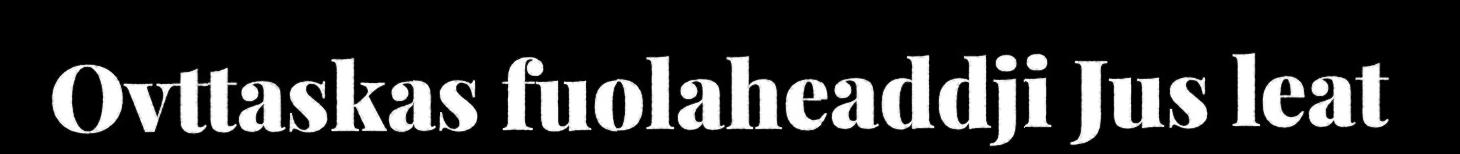
Ovttaskas fuolaheaddji Jus leat